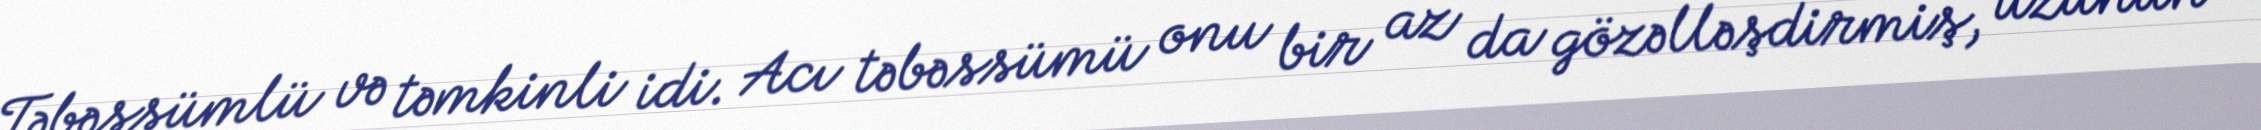
Təbəssümlü və təmkinli idi. Acı təbəssümü onu bir az da gözəlləşdirmiş, üzünün